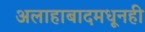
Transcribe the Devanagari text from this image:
अलाहाबादमधूनही